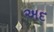
અદ